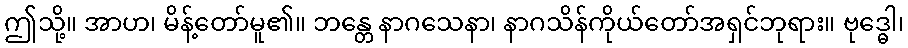
ဤသို့။ အာဟ၊ မိန့်တော်မူ၏။ ဘန္တေ နာဂသေနာ၊ နာဂသိန်ကိုယ်တော်အရှင်ဘုရား။ ဗုဒ္ဓေါ၊